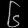
Digit: ၆